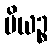
ပိယဉ္စ